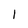
Character: 1